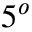
5 ^ { o }